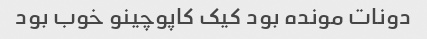
دونات مونده بود کیک کاپوچینو خوب بود